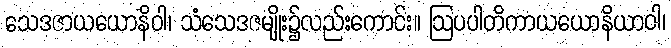
သေဒဇာယယောနိဝါ၊ သံသေဒဇမျိုး၌လည်းကောင်း။ ဩပပါတိကာယယောနိယာဝါ၊